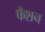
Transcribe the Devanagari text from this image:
फँशन